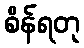
စိန်ရတု